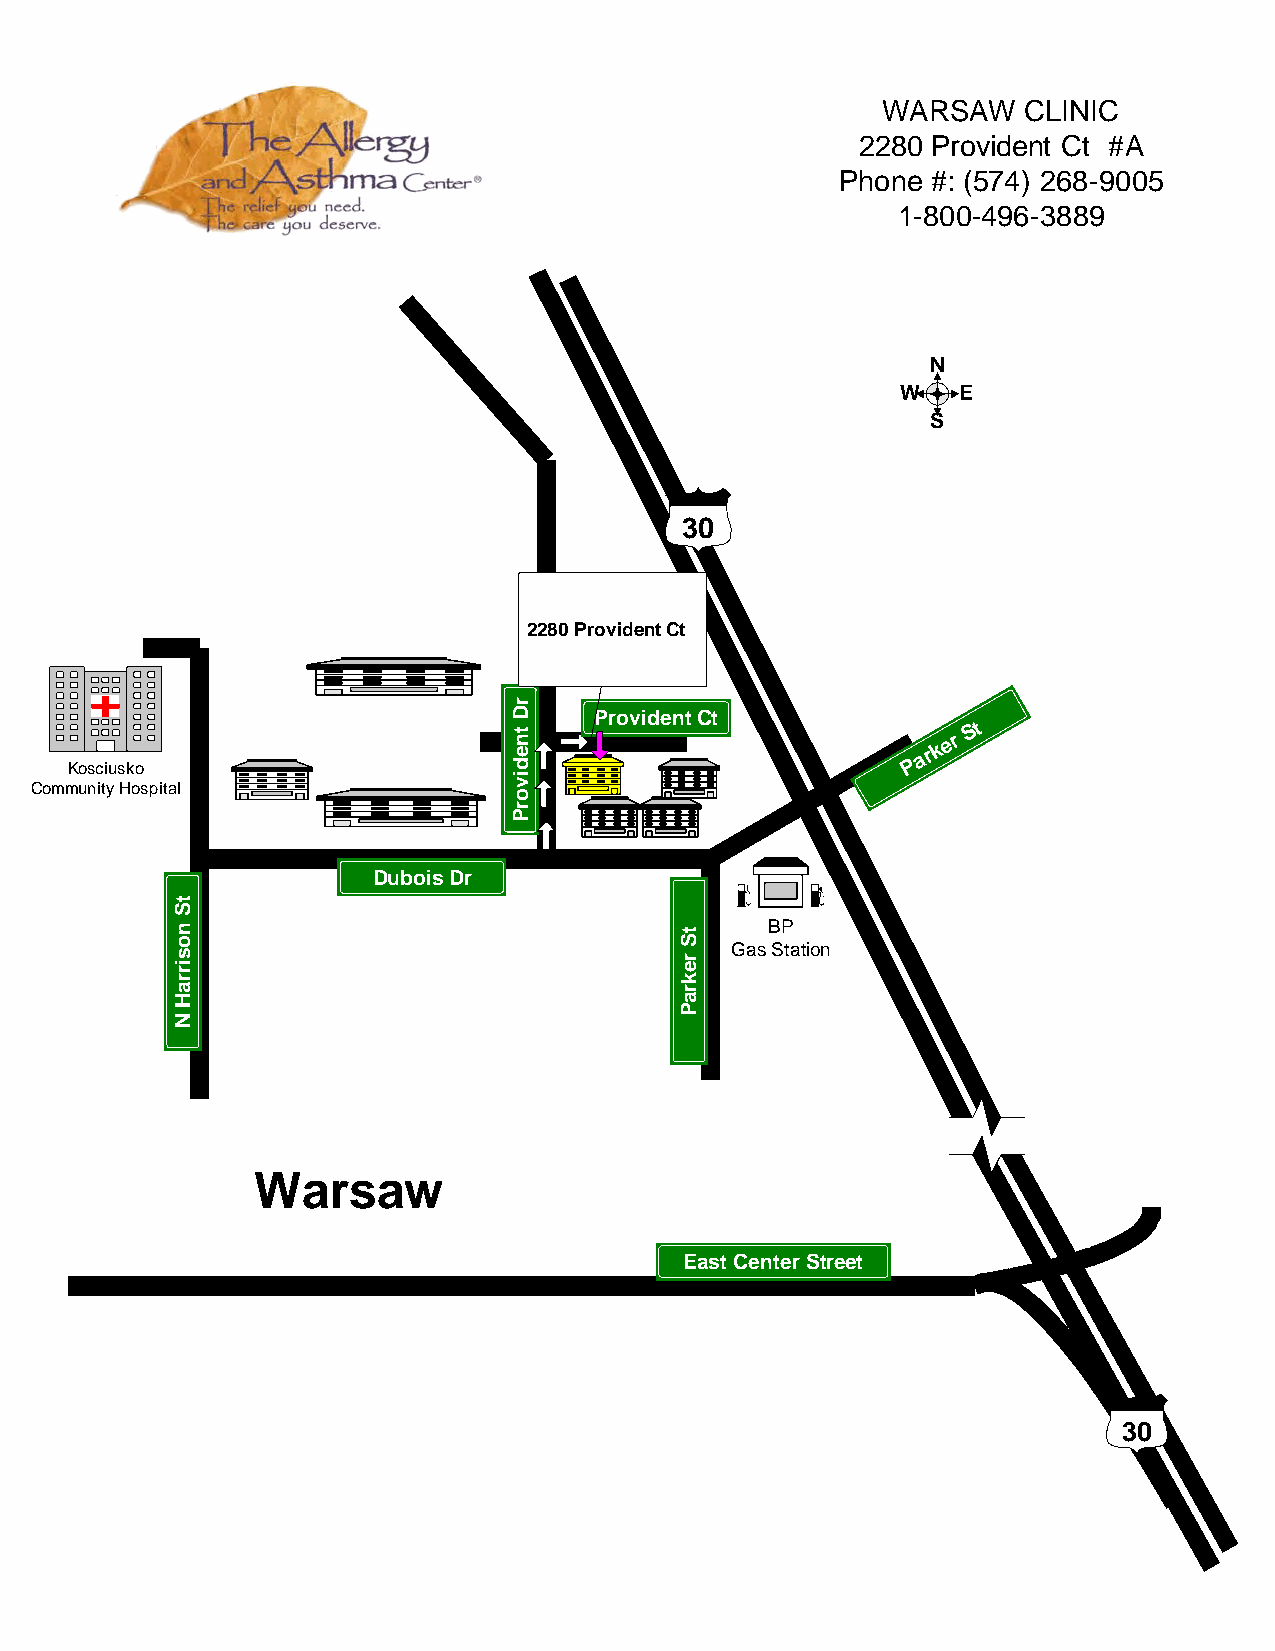
WARSAW    CLINIC
 2280 Provident Ct #A
 Phone #: (574) 268-9005
 1-800-496-3889
 N
 W  E
 S
 30
 2280 Provident Ct
 Provident Ct
 St
 Kosciusko                                               P a r k e r
 Community Hospital
 Dubois Dr
 BP
 Gas Station
 Warsaw
 East Center Street
 30
 tS
 nosirraH
 N
 rD
 tnedivorP
 tS
 rekraP